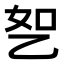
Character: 𬼤